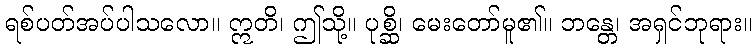
ရစ်ပတ်အပ်ပါသလော။ ဣတိ၊ ဤသို့။ ပုစ္ဆိ၊ မေးတော်မူ၏။ ဘန္တေ၊ အရှင်ဘုရား။